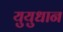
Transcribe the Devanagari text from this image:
युयुधान